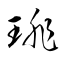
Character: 琲